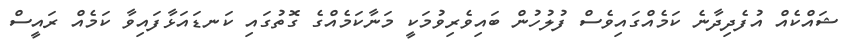
ޝައްކެއް އުފެދިދާނެ ކަމެއްގައިވެސް ފުލުހުން ބައިވެރިވުމަކީ މަނާކަމެއްގެ ގޮތުގައި ކަނޑައަޅާފައިވާ ކަމެއް ރައީސް